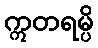
ဣတရမ္ပိ